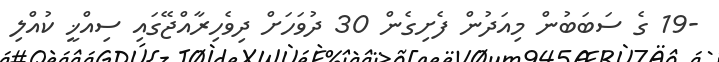
-19 ގެ ސަބަބުން މިއަދުން ފެށިގެން 30 ދުވަހަށް ދިވެހިރާއްޖޭގައި ސިއްޚީ ކުއްލި